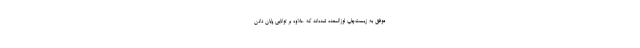
موفق به زیست‌چاپ لوزالمعده شده‌اند که علاوه بر توانایی پایان دادن